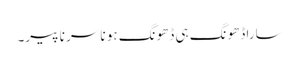
سارا ڈھونگ ہی ڈھونگ ہو نا سر نا پیر۔